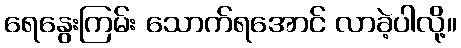
ရေနွေးကြမ်း သောက်ရအောင် လာခဲ့ပါလို့။